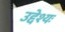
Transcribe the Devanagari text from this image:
उद्देश्यः